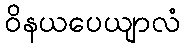
ဝိနယပေယျာလံ